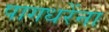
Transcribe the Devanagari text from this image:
पागधरेंना